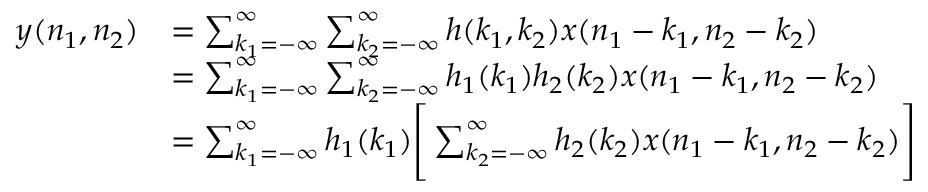
{ \begin{array} { r l } { y ( n _ { 1 } , n _ { 2 } ) } & { = \sum _ { k _ { 1 } = - \infty } ^ { \infty } \sum _ { k _ { 2 } = - \infty } ^ { \infty } h ( k _ { 1 } , k _ { 2 } ) x ( n _ { 1 } - k _ { 1 } , n _ { 2 } - k _ { 2 } ) } \\ & { = \sum _ { k _ { 1 } = - \infty } ^ { \infty } \sum _ { k _ { 2 } = - \infty } ^ { \infty } h _ { 1 } ( k _ { 1 } ) h _ { 2 } ( k _ { 2 } ) x ( n _ { 1 } - k _ { 1 } , n _ { 2 } - k _ { 2 } ) } \\ & { = \sum _ { k _ { 1 } = - \infty } ^ { \infty } h _ { 1 } ( k _ { 1 } ) { \Bigg [ } \sum _ { k _ { 2 } = - \infty } ^ { \infty } h _ { 2 } ( k _ { 2 } ) x ( n _ { 1 } - k _ { 1 } , n _ { 2 } - k _ { 2 } ) { \Bigg ] } } \end{array} }